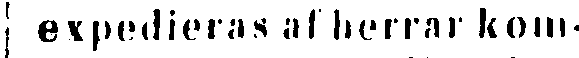
expedieras af herrar kom-